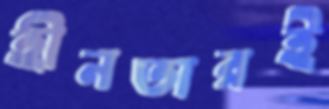
হীনতারই